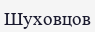
Шуховцов